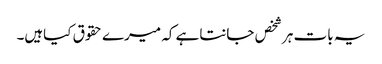
یہ بات ہرشخص جانتاہے کہ میرے حقوق کیاہیں۔